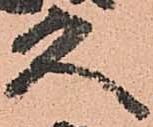
久